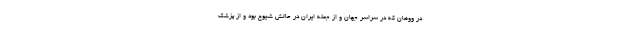
در ووهان که در سراسر جهان و از جمله ایران در حالش شیوع بود و از پزشک